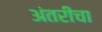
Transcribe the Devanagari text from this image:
अंतरीचा